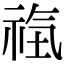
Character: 𥙰